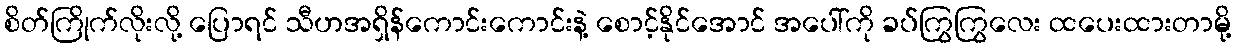
စိတ်ကြိုက်လိုးလို့ ပြောရင် သီဟအရှိန်ကောင်းကောင်းနဲ့ စောင့်နိုင်အောင် အပေါ်ကို ခပ်ကြွကြွလေး ထပေးထားတာမို့